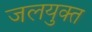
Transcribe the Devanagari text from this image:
जलयुक्‍त